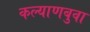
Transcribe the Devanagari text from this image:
कल्याणबुवा